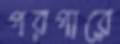
পরপারে